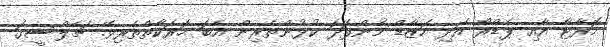
މޮރާޓާ އާއި ޕެޑްރޯ އަދި ހަޒާޑް މެންފަދަ ކުޅުންތެރިން އެބަ ހަރަކާތްތެރިވޭ. ޗެލްސީގަ